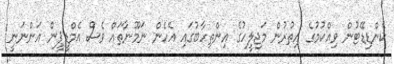
ކެންޑިޑޭޓުން ވިއްކުމުގެ އިތުރުން މަޖިލީހުގެ އިންތިހާބުގައި އެހެން ނަމޫނާތައް ވެސް އެމްޑީޕީން އަންނަނީ